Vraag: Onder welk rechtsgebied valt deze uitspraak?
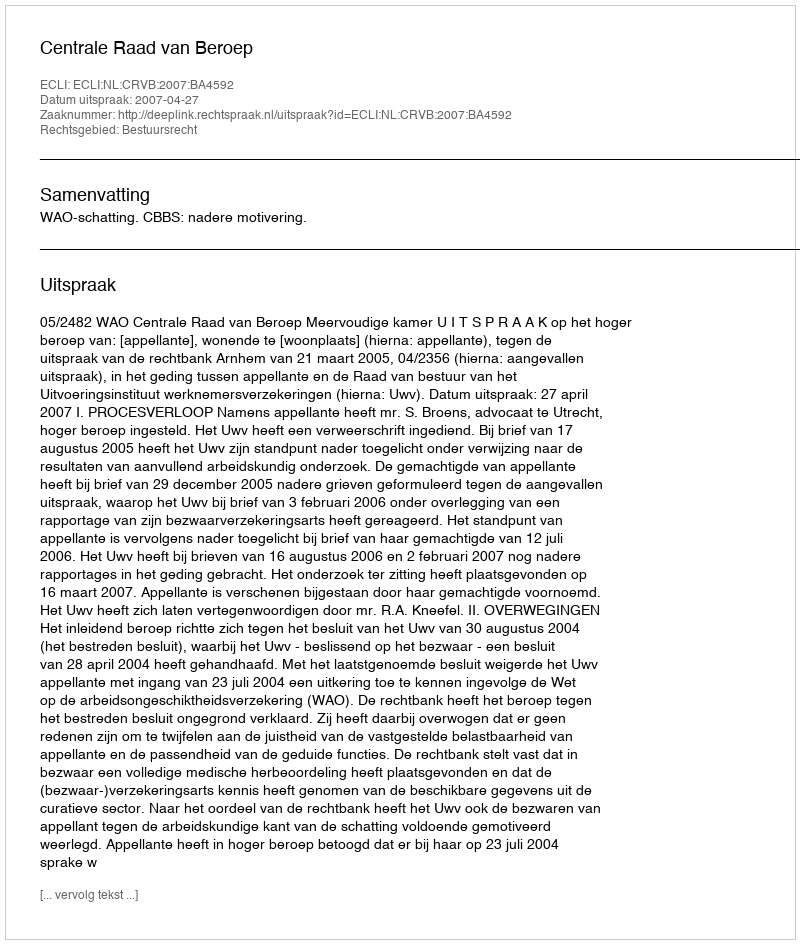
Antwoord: Bestuursrecht